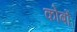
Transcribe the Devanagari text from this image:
कोर्बो